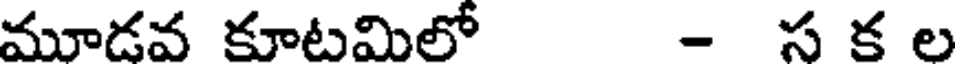
మూడవ కూటమిలో - స క ల